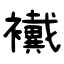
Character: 襶